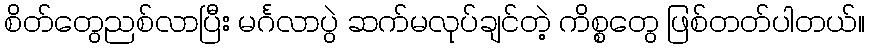
စိတ်တွေညစ်လာပြီး မင်္ဂလာပွဲ ဆက်မလုပ်ချင်တဲ့ ကိစ္စတွေ ဖြစ်တတ်ပါတယ်။